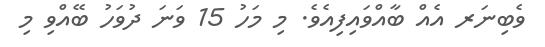
ވެބިނަރ އެއް ބާއްވައިފިއެވެ. މި މަހު 15 ވަނަ ދުވަހު ބޭއްވި މި